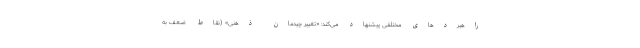
راهبردهای مختلفی پیشنهاد می‌کند: «تغییر چیدمان ذهنی» (نقاط ضعف به